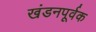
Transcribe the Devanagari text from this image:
खंडनपूर्वक